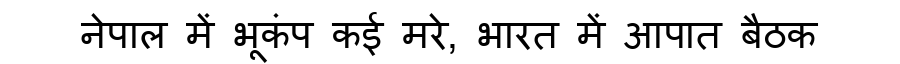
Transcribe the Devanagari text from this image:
नेपाल में भूकंप कई मरे, भारत में आपात बैठक